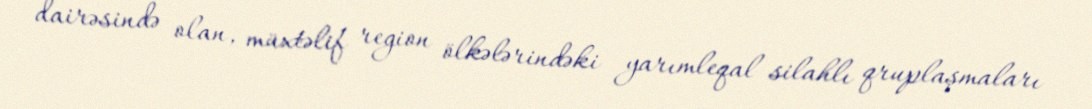
dairəsində olan, müxtəlif region ölkələrindəki yarımleqal silahlı qruplaşmaları